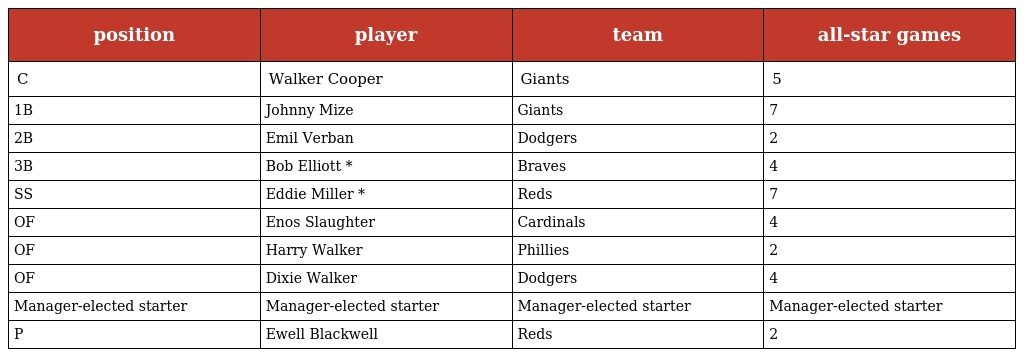
| position | player | team | all-star games |
 | --- | --- | --- | --- |
 | C | Walker Cooper | Giants | 5 |
 | 1B | Johnny Mize | Giants | 7 |
 | 2B | Emil Verban | Dodgers | 2 |
 | 3B | Bob Elliott * | Braves | 4 |
 | SS | Eddie Miller * | Reds | 7 |
 | OF | Enos Slaughter | Cardinals | 4 |
 | OF | Harry Walker | Phillies | 2 |
 | OF | Dixie Walker | Dodgers | 4 |
 | Manager-elected starter | Manager-elected starter | Manager-elected starter | Manager-elected starter |
 | P | Ewell Blackwell | Reds | 2 |